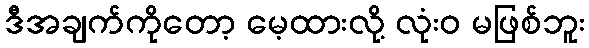
ဒီအချက်ကိုတော့ မေ့ထားလို့ လုံးဝ မဖြစ်ဘူး